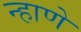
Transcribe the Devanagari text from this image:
न्हाणे